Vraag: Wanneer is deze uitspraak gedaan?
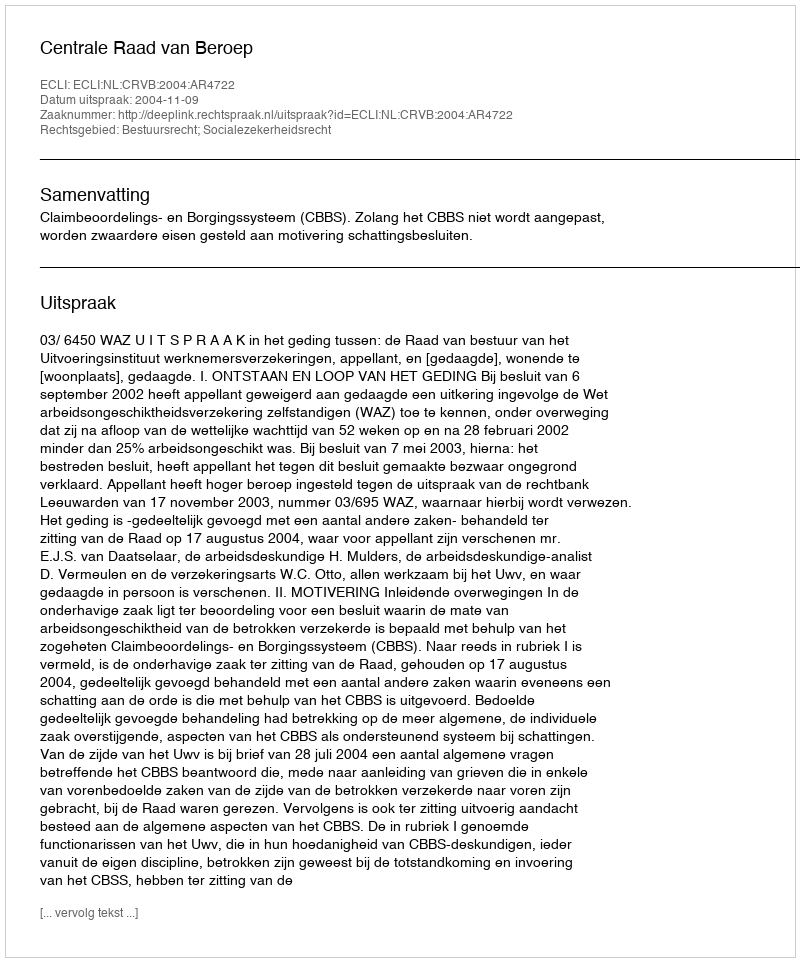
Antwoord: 2004-11-09